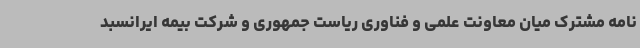
نامه مشترک میان معاونت علمی و فناوری ریاست جمهوری و شرکت بیمه ایرانسبد